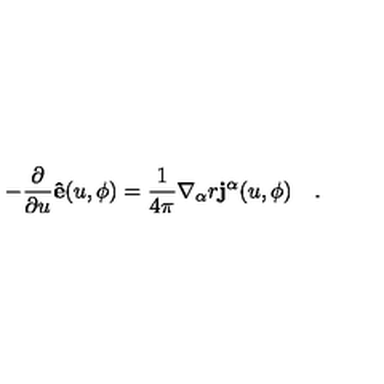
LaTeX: - \frac { \partial } { \partial u } { \bf { \hat { e } } } ( u , \phi ) = \frac { 1 } { 4 \pi } \nabla _ { \alpha } r { \bf j ^ { \alpha } } ( u , \phi ) \quad .